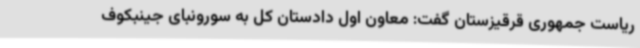
ریاست جمهوری قرقیزستان گفت: معاون اول دادستان کل به سورونبای جینبکوف